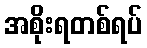
အစိုးရတစ်ရပ်